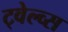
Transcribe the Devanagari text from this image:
ट्वेल्व्स